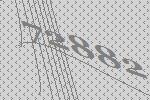
72882